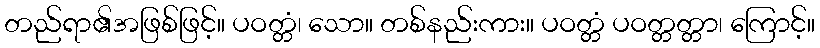
တည်ရာ၏အဖြစ်ဖြင့်။ ပဝတ္တံ၊ သော။ တစ်နည်းကား။ ပဝတ္တံ ပဝတ္တတ္တာ၊ ကြောင့်။